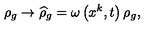
\rho _ { g } \rightarrow \widehat { \rho } _ { g } = \omega \left( x ^ { k } , t \right) \rho _ { g } ,